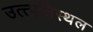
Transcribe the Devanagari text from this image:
उत्त्पतिस्थल